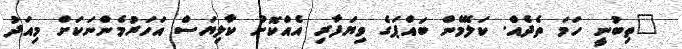
"ތިބުނީ ހަމަ ތެދެއް. ކަލޭމެން ބައްޕަގެ ވިޔަފާރި އެއްކޮށް ކާލިޔަސް އަހަރުމެންނަކަށް މިއަދު